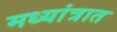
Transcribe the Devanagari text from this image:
मध्यांत्रात